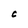
Character: C